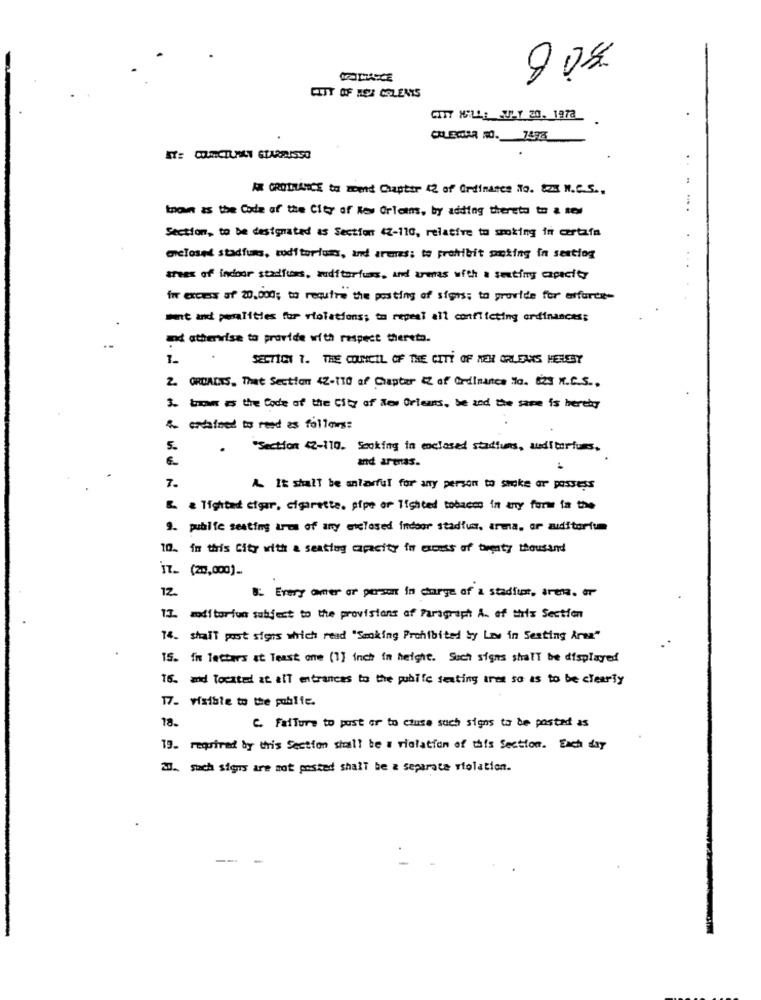
CITY OF HOU CALENIS
CITY NELLE JULY 20. 1973
AX GRODHANCE tu zeend Chapter 42 of Ordinance No. 8x N.C.S ..
know as the Code of the City of New Orleans, by adding therets to a new
Section, to be designated as Section CZ-110, relative to smoking in certain
enclosed stadfus, toditoriums, and arenes; to prohibit smoking in sentiog
areex of indoor stadfies, auditorfuss, and arenas with a sexting capacity
for excess of 20,000; to require the posting of signs; to provide for efforts-
mint and palities for violations; to repeat all conflicting ordinances;
and atherrise to provide with respect thereto.
SECTION 7. THE COUNCIL OF THE CITY OF NEW ORLEANS HEREBY
2. ORUALES, That Section 42-110 af Chapter & of Ordinance Hla. 529 N.C.S .,
3. brow is the Code of the City of New Orients, be and the same is hereby
& ordained to read as follows :
. "Section 12-110. Soaking in enclosed stadiums, auditoriums.
and armas.
7.
A It shall be anlarful for any person to smoke or possess
& & Tightad cigar, cigarette. pipe or Tighted tobacco in any form fa the
9. public seating area of any enclosed indoor stadium, arena, or auditorium
10. in this City with a seating capacity in excess of twenty thousand
IT_ (20,000].
12
8: Every omer or person in charge of a stadium, arens. or
11. maditarios subject to the provisions of Paragraph A. of this Section
14. shall post signs which read "Smoking Prohibited by Law in Seating Araz"
TS. in letters at Teast one (1] inch in height. Such signs shall be displayed
16. and Tocated at all entrances to the public sexting ires so as to be clearly
17- visible to the public.
18.
C. Failure to post or to ctuse such signs to be posted as
19. required by this Section shall be a violation of this Section. Each day
II. such signs are not posted shall be a separate violation.